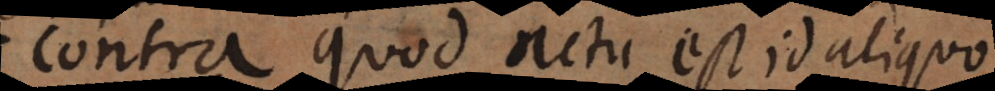
Contra quod actu est id aliquo